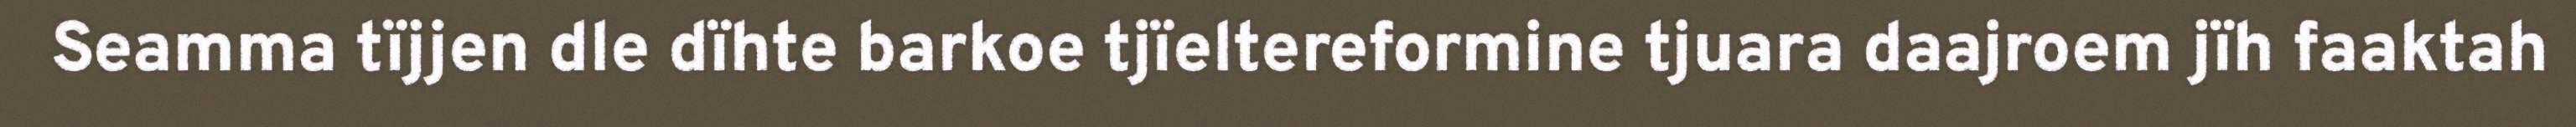
Seamma tïjjen dle dïhte barkoe tjïeltereformine tjuara daajroem jïh faaktah